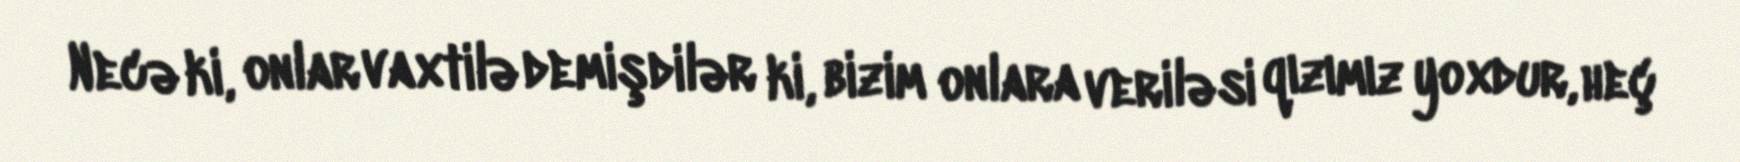
Necə ki, onlar vaxtilə demişdilər ki, bizim onlara veriləsi qızımız yoxdur, heç